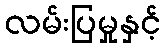
လမ်းပြမှုနှင့်